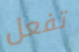
تفعل